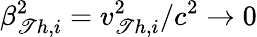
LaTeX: \beta_{\mathscr{T}h,i}^{2}=v_{\mathscr{T}h,i}^{2}/c^{2}\rightarrow0